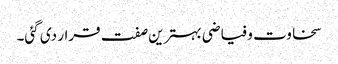
سخاوت و فیاضی بہترین صفت قرار دی گئی۔